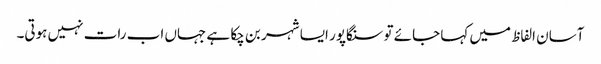
آسان الفاظ میں کہا جائے تو سنگاپور ایسا شہر بن چکا ہے جہاں اب رات نہیں ہوتی۔